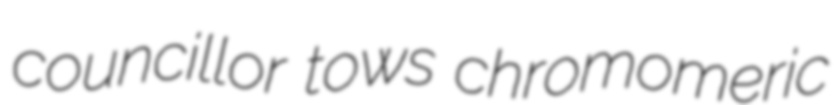
councillor tows chromomeric